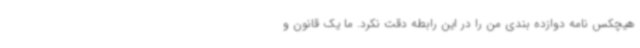
هیچکس نامه دوازده بندی من را در این رابطه دقت نکرد. ما یک قانون و